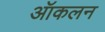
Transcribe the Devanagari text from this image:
ऑकलन